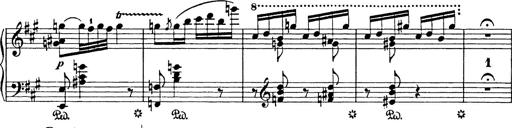
Title: Hungarian Rhapsody No.18
Composer: Franz Liszt
Key: F-sharp minor